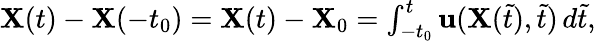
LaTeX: \begin{array}{r}{\mathbf{X}(t)-\mathbf{X}(-t_{0})=\mathbf{X}(t)-\mathbf{X}_{0}=\int_{-t_{0}}^{t}\mathbf{u}(\mathbf{X}(\tilde{t}),\tilde{t})\, d\tilde{t},}\end{array}